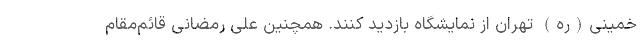
خمینی(ره) تهران از نمایشگاه بازدید کنند. همچنین علی رمضانی قائم‌مقام